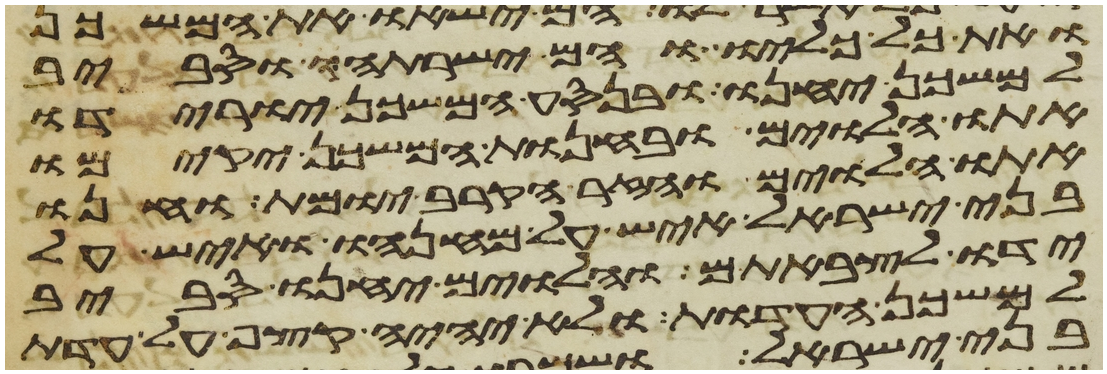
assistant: ואת כל כליו והם ישרתהו וסביב
למשכן יחנו ובנסע המשכן יורידו
אתו הלוים ובהחנות המשכן יקימו
אתו הלוים והזר הקרב יומת וחנו
בני ישראל איש על מחנהו ואיש על
ידו לצבאתם והלוים יחנו סביב
למשכן העדות ולא יהיה קצף על עדת